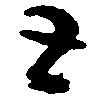
と